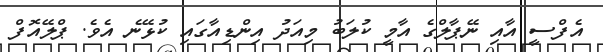
އެފްސީ އާއި ނޭޕާލްގެ އާމީ ކުލަބު މިއަދު އިންޑިއާގައި ކުޅޭނެ އެވެ. ޕްލޭއޮފް